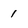
Character: I